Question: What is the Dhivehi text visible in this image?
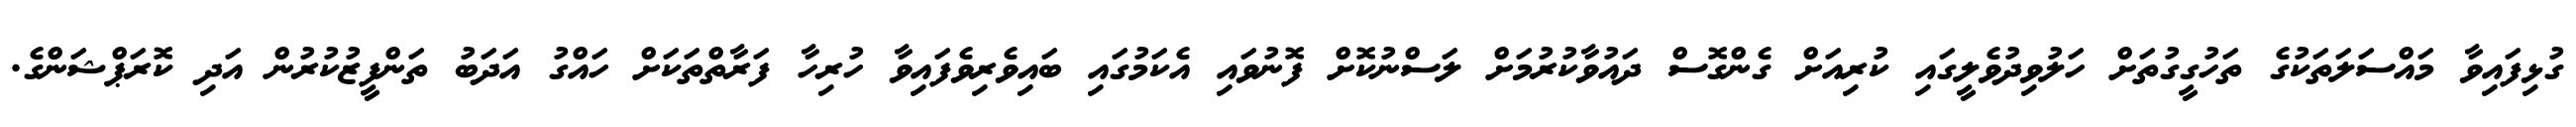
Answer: ގުޅިފައިވާ މައްސަލަތަކުގެ ތަހުގީގުތަށް ހަލުވިދުވެލީގައި ކުރިއަށް ގެންގޮސް ދައުވާކުރުމަށް ލަސްނުކޮށް ފޮނުވައި އެކަމުގައި ބައިވެރިވެފައިވާ ހުރިހާ ފަރާތްތަކަށް ހައްގު އަދަބު ތަންފީޒުކުރުން އަދި ކޮރަޕްޝަންގެ.